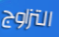
التزاوج